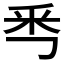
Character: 𠀭